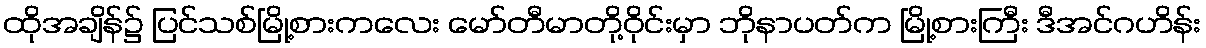
ထိုအချိန်၌ ပြင်သစ်မြို့စားကလေး မော်တီမာတို့ဝိုင်းမှာ ဘိုနာပတ်က မြို့စားကြီး ဒီအင်ဂဟိန်း